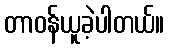
တာဝန်ယူခဲ့ပါတယ်။